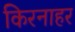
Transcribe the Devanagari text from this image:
किरनाहर